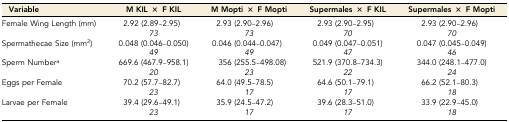
<table><thead><tr><td><b>Variable</b></td><td><b>M KIL × F KIL</b></td><td><b>M Mopti × F Mopti</b></td><td><b>Supermales × F KIL</b></td><td><b>Supermales × F Mopti</b></td></tr></thead><tbody><tr><td rowspan="2">Female Wing Length (mm)</td><td>2.92 (2.89–2.95)</td><td>2.93 (2.90–2.96)</td><td>2.93 (2.90–2.95)</td><td>2.93 (2.90–2.96)</td></tr><tr><td><i>73</i></td><td><i>73</i></td><td><i>70</i></td><td><i>70</i></td></tr><tr><td rowspan="2">Spermathecae Size (mm<sup>2</sup>)</td><td>0.048 (0.046–0.050)</td><td>0.046 (0.044–0.047)</td><td>0.049 (0.047–0.051)</td><td>0.047 (0.045–0.049)</td></tr><tr><td><i>49</i></td><td><i>49</i></td><td><i>47</i></td><td><i>46</i></td></tr><tr><td rowspan="2">Sperm Number<i><sup>a</sup></i></td><td>669.6 (467.9–958.1)</td><td>356 (255.5–498.08)</td><td>521.9 (370.8–734.3)</td><td>344.0 (248.1–477.0)</td></tr><tr><td><i>20</i></td><td><i>23</i></td><td><i>22</i></td><td><i>24</i></td></tr><tr><td rowspan="2">Eggs per Female</td><td>70.2 (57.7–82.7)</td><td>64.0 (49.5–78.5)</td><td>64.6 (50.1–79.1)</td><td>66.2 (52.1–80.3)</td></tr><tr><td><i>23</i></td><td><i>17</i></td><td><i>17</i></td><td><i>18</i></td></tr><tr><td rowspan="2">Larvae per Female</td><td>39.4 (29.6–49.1)</td><td>35.9 (24.5–47.2)</td><td>39.6 (28.3–51.0)</td><td>33.9 (22.9–45.0)</td></tr><tr><td><i>23</i></td><td><i>17</i></td><td><i>17</i></td><td><i>18</i></td></tr></tbody></table>